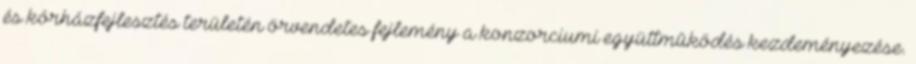
és kórházfejlesztés területén örvendetes fejlemény a konzorciumi együttmûködés kezdeményezése.